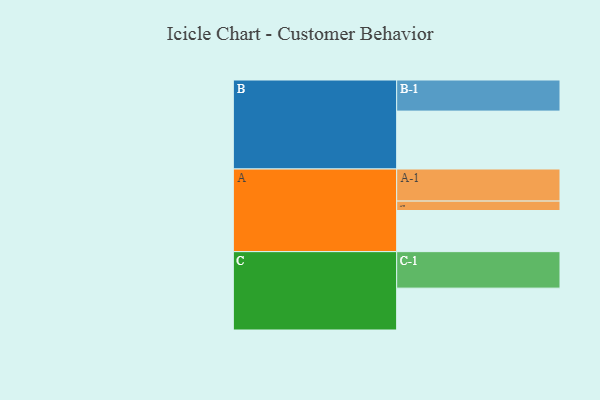
{"axis": {"x": "Segment", "y": "Value"}, "legend": ["", "A", "B", "C"], "data": [{"x": "A", "y": 336, "type": ""}, {"x": "B", "y": 473, "type": ""}, {"x": "C", "y": 342, "type": ""}, {"x": "A-1", "y": 262, "type": "A"}, {"x": "A-2", "y": 77, "type": "A"}, {"x": "B-1", "y": 254, "type": "B"}, {"x": "C-1", "y": 298, "type": "C"}]}